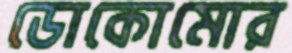
ডোকোমোর